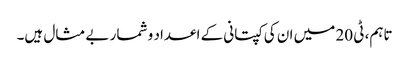
تاہم، ٹی 20 میں ان کی کپتانی کے اعداد و شمار بے مثال ہیں۔